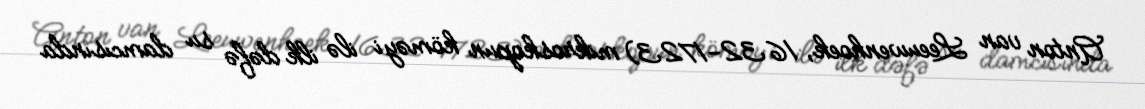
Anton van Leeuwenhoek, 1632-1723) mikroskopun köməyi ilə ilk dəfə su damcısında